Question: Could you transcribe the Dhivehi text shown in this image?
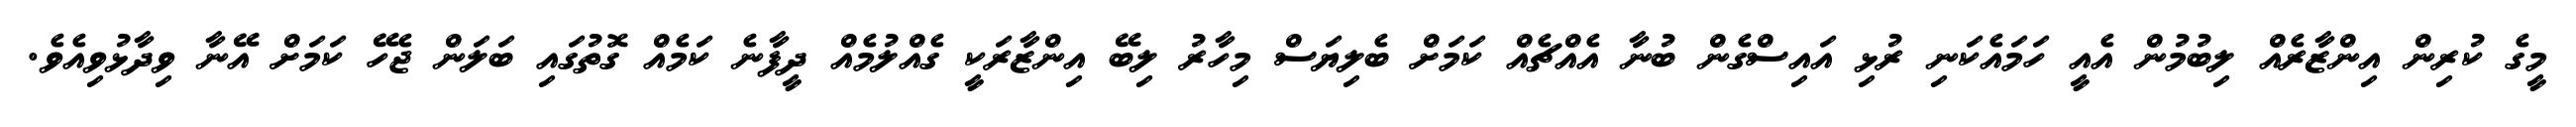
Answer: މީގެ ކުރިން އިންޒާރެއް ލިބުމުން އެއީ ހަމައެކަނި ރުޅި އައިސްގެން ބުނާ އެއްޗެއް ކަމަށް ބެލިޔަސް މިހާރު ލިބޭ އިންޒާރަކީ ގެއްލުމެއް ދީފާނެ ކަމެއް ގޮތުގައި ބަލަން ޖެހޭ ކަމަށް އޭނާ ވިދާޅުވިއެވެ.